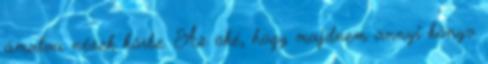
ámulva nézek körbe. Az oké, hogy majdnem annyi könyv